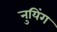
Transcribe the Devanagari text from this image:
नुयिंग